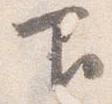
下